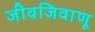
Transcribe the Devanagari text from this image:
जीवजिवाणू